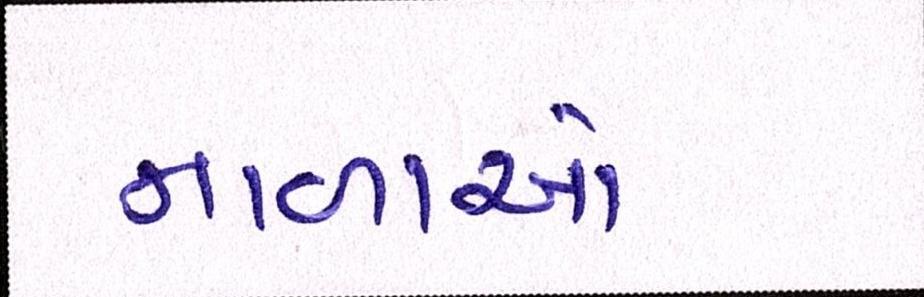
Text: નાળાઓ